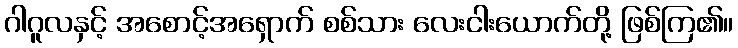
ဂါဂူလနှင့် အစောင့်အရှောက် စစ်သား လေးငါးယောက်တို့ ဖြစ်ကြ၏။